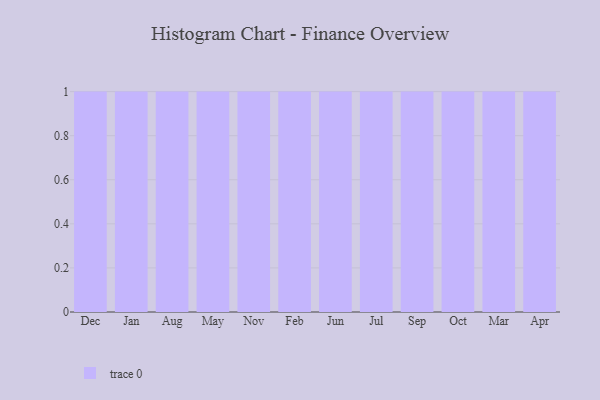
{"axis": {"x": "Month", "y": "Net Income (USD K)"}, "legend": [""], "data": [{"x": "Dec", "y": 31, "type": ""}, {"x": "Jan", "y": 65, "type": ""}, {"x": "Aug", "y": 78, "type": ""}, {"x": "May", "y": 48, "type": ""}, {"x": "Nov", "y": 82, "type": ""}, {"x": "Feb", "y": 55, "type": ""}, {"x": "Jun", "y": 51, "type": ""}, {"x": "Jul", "y": 22, "type": ""}, {"x": "Sep", "y": 44, "type": ""}, {"x": "Oct", "y": 15, "type": ""}, {"x": "Mar", "y": 22, "type": ""}, {"x": "Apr", "y": 89, "type": ""}]}